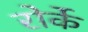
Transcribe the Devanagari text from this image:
रोर्के